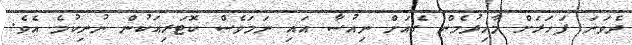
ދެވަނަ ފަހަރަށް މާހިދުމެން ގެއަށް ނިއުސާ އައި ނަމަވެސް ކޮޓަރިއަކުން ނުނިކުމެ އެވެ.